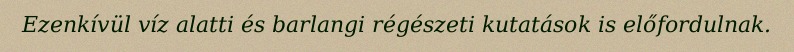
Ezenkívül víz alatti és barlangi régészeti kutatások is előfordulnak.